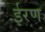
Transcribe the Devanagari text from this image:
ईरण